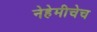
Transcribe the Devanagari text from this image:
नेहेमीचेच